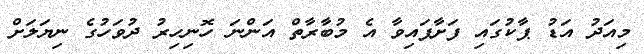
މިއަދު އަޑު ޕާކުގައި ފަށާފައިވާ އެ މުބާރާތް އަންނަ ހޮނިހިރު ދުވަހުގެ ނިޔަލަށް